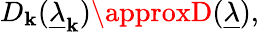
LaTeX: D_{\mathbf{k}}(\underline{{{\lambda}}}_{\mathbf{k}})\approxD(\underline{{{\lambda}}}),